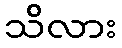
သိလား